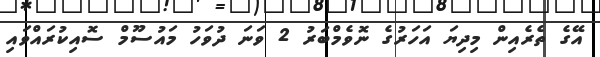
އޭގެ ތެރެއިން މިދިޔަ އަހަރުގެ ނޮވެމްބަރު 2 ވަނަ ދުވަހު މައުސޫމް ސޮއިކުރައްވައި